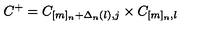
C ^ { + } = C _ { [ m ] _ { n } + \Delta _ { n } ( l ) , j } \times C _ { [ m ] _ { n } , l }